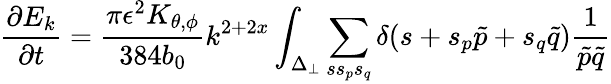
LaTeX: \frac{\partial E_{k}}{\partial t}=\frac{\pi\epsilon^{2}K_{\theta,\phi}}{384b_{0}}k^{2+2x}\int_{\Delta_{\perp}}\sum_{ss_{p}s_{q}}\delta(s+s_{p}\tilde{p}+s_{q}\tilde{q})\frac{1}{\tilde{p}\tilde{q}}